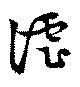
謔